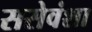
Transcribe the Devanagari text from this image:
ससेवंशा